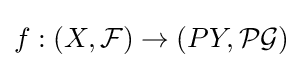
f:(X,{\mathcal {F}})\to (PY,{\mathcal {PG}})